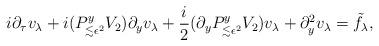
LaTeX: \begin{align*}i\partial_{\tau} v_{\lambda}+ i(P_{\lesssim \epsilon^2}^yV_2) \partial_y v_{\lambda}+ \frac{i}2 (\partial_y P_{\lesssim \epsilon^2}^yV_2) v_{\lambda}+\partial^2_y v_{\lambda} = \tilde{f}_\lambda,\end{align*}